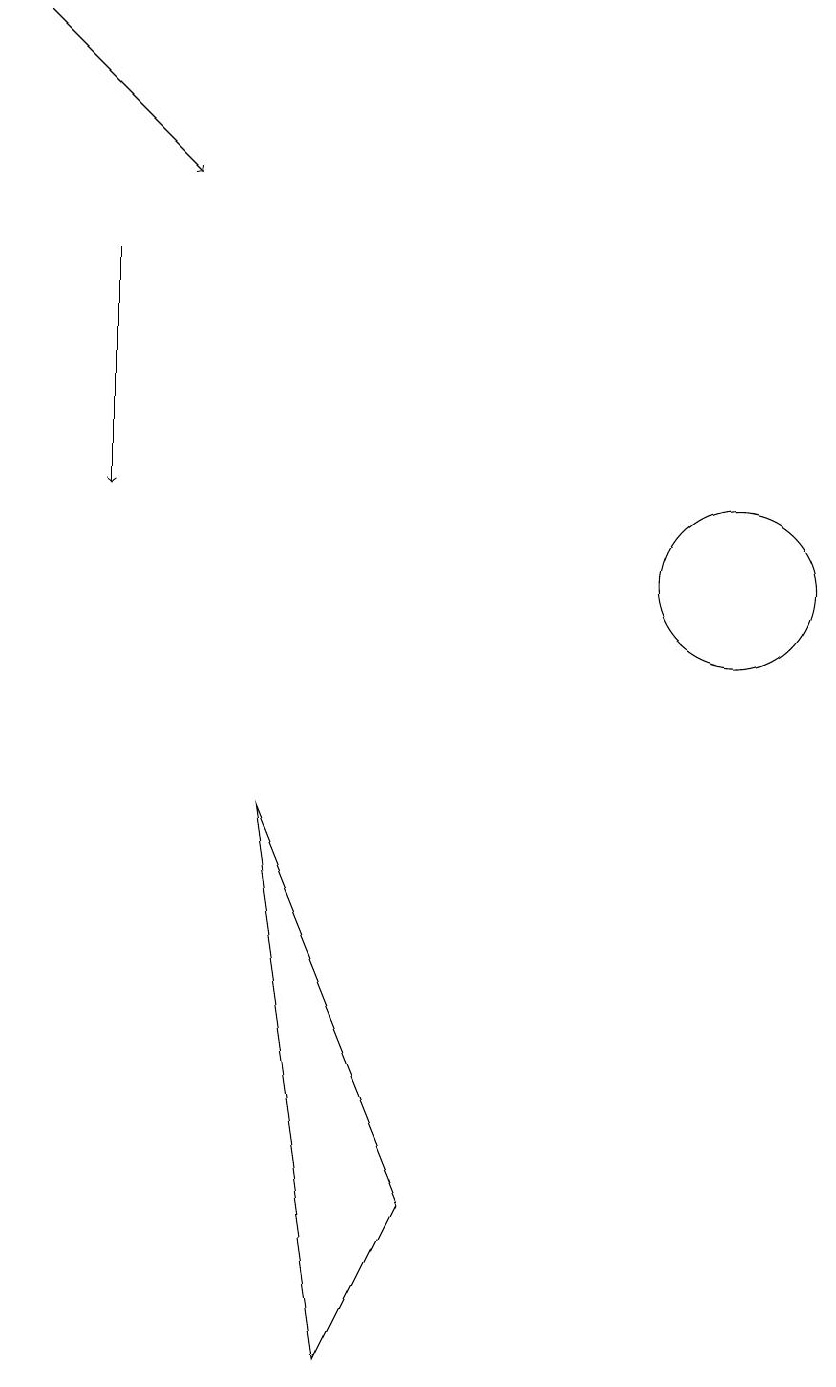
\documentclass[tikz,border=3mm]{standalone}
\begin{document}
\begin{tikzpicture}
\draw[->] (2,15) -- (2,12);
\draw (4,8) -- (6,3) -- (5,1) -- cycle;
\draw (10,11) circle (1);
\draw[->] (1,18) -- (3,16);
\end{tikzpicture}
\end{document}